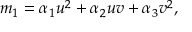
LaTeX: m _ { 1 } = \alpha _ { 1 } u ^ { 2 } + \alpha _ { 2 } u v + \alpha _ { 3 } v ^ { 2 } ,